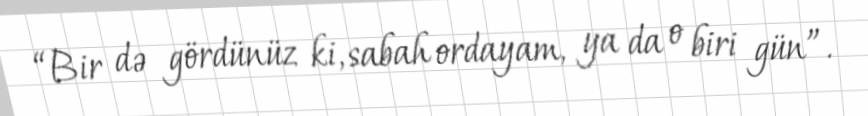
“Bir də gördünüz ki, sabah ordayam, ya da o biri gün”.